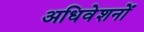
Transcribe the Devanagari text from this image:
अधिवेशनोँ